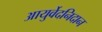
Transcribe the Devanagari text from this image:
आयुर्वेदनिदान